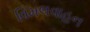
વિમલવાહન